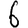
Digit: 6